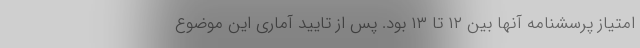
امتیاز پرسشنامه آنها بین ۱۲ تا ۱۳ بود. پس از تایید آماری این موضوع